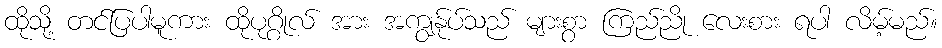
ထိုသို့ တင်ပြပါမူကား ထိုပုဂ္ဂိုလ် အား အကျွန်ုပ်သည် များစွာ ကြည်ညို လေးစား ရပါ လိမ့်မည်။